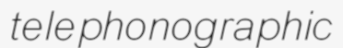
telephonographic